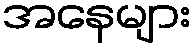
အနေများ